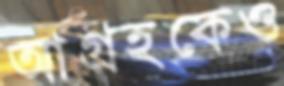
আগ্রহকেও